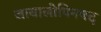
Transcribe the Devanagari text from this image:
जाबालोपिनषद